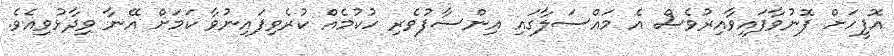
އޮފީހަށް ފޮނުވާފައިވާއިރުވެސް އެ މައްސަލާގައި އިންސާފުވެރި ހުކުމެއް ކުރެވިފައިނުވާ ކަމަށް އޭނާ ވިދާޅުވިއެވެ.